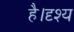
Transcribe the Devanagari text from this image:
है।दृश्य